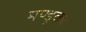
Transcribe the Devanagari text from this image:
मण्डूका